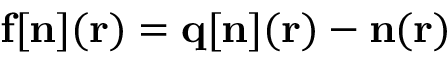
{ \bf f } [ { \bf n } ] ( { \bf r } ) = { \bf q [ n ] } ( { \bf r } ) - { \bf n } ( { \bf r } )